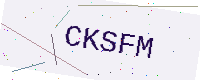
Text: CKSFM